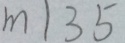
m \vert 3 5